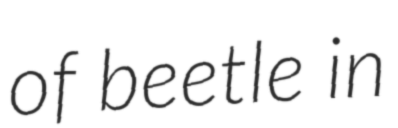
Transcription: of beetle in